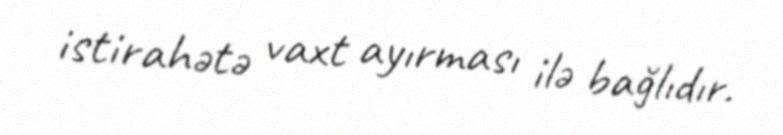
istirahətə vaxt ayırması ilə bağlıdır.